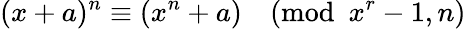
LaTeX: (x+a)^{n}\equiv(x^{n}+a){\pmod{x^{r}-1,n}}